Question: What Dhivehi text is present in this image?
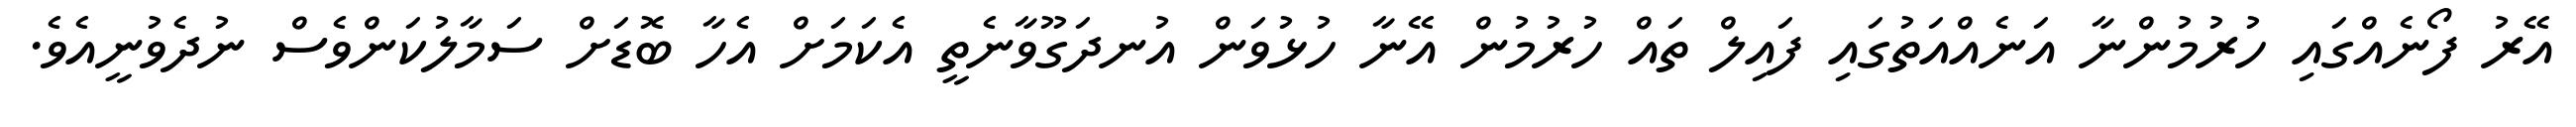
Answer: އޭރު ފޯނެއްގައި ހުރުމުންނާ އަނެއްއަތުގައި ފައިލް ތައް ހުރުމުން އޭނާ ހުޅުވަން އުނދަގޫވާނެތީ އެކަމަށް އެހާ ބޮޑަށް ސަމާލުކަންވެސް ނުދެވުނީއެވެ.